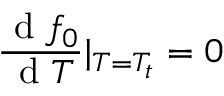
\frac { \mathrm { ~ d ~ } f _ { 0 } } { \mathrm { ~ d ~ } T } | _ { T = T _ { t } } = 0